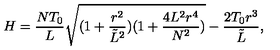
H = \frac { N T _ { 0 } } { L } \sqrt { ( 1 + \frac { r ^ { 2 } } { { \tilde { L } } ^ { 2 } } ) ( 1 + \frac { 4 L ^ { 2 } r ^ { 4 } } { N ^ { 2 } } ) } - \frac { 2 T _ { 0 } r ^ { 3 } } { { \tilde { L } } } ,